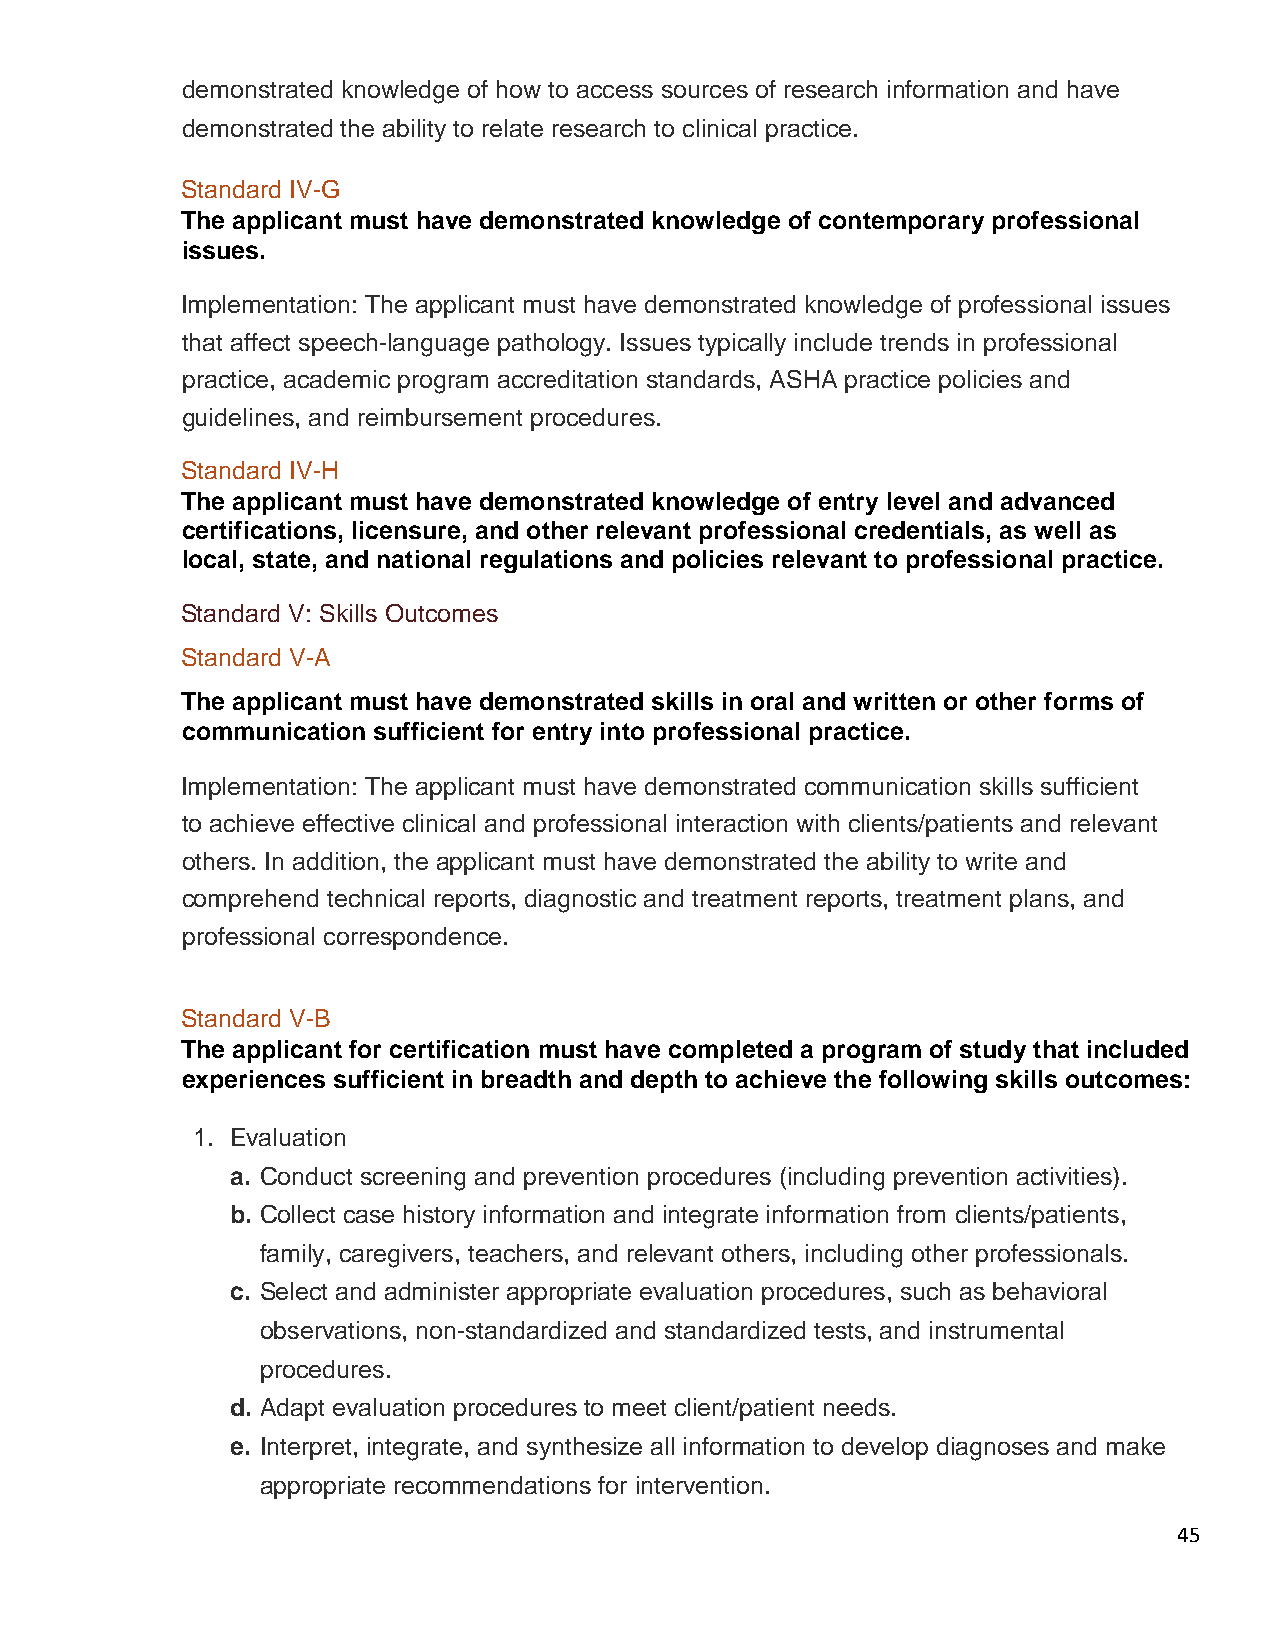
demonstrated knowledge of how to access sources of research information and have
 demonstrated the ability to relate research to clinical practice.
 Standard IV-G
 The applicant must have demonstrated knowledge of contemporary professional
 issues.
 Implementation: The applicant must have demonstrated knowledge of professional issues
 that affect speech-language pathology. Issues typically include trends in professional
 practice, academic program accreditation standards, ASHA practice policies and
 guidelines, and reimbursement procedures.
 Standard IV-H
 The applicant must have demonstrated knowledge of entry level and advanced
 certifications, licensure, and other relevant professional credentials, as well as
 local, state, and national regulations and policies relevant to professional practice.
 Standard V: Skills Outcomes
 Standard V-A
 The applicant must have demonstrated skills in oral and written or other forms of
 communication sufficient for entry into professional practice.
 Implementation: The applicant must have demonstrated communication skills sufficient
 to achieve effective clinical and professional interaction with clients/patients and relevant
 others. In addition, the applicant must have demonstrated the ability to write and
 comprehend technical reports, diagnostic and treatment reports, treatment plans, and
 professional correspondence.
 Standard V-B
 The applicant for certification must have completed a program of study that included
 experiences sufficient in breadth and depth to achieve the following skills outcomes:
 1. Evaluation
 a. Conduct screening and prevention procedures (including prevention activities).
 b. Collect case history information and integrate information from clients/patients,
 family, caregivers, teachers, and relevant others, including other professionals.
 c. Select and administer appropriate evaluation procedures, such as behavioral
 observations, non-standardized and standardized tests, and instrumental
 procedures.
 d. Adapt evaluation procedures to meet client/patient needs.
 e. Interpret, integrate, and synthesize all information to develop diagnoses and make
 appropriate recommendations for intervention.
 45